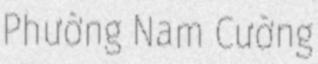
Phường Nam Cường